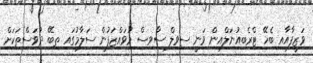
ވަޒީފާއާއި ބެހޭ ޓްރެބިއުނަލްއިން ވަނީ ސިވިލް ސާވިސް މުވައްޒަފުން ސަލާމުގައި ތިބޭ ދުވަސްތަކަށް